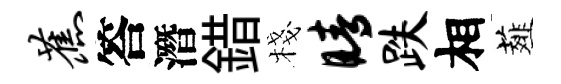
蕉答潛錯棧睛跌相薤